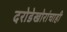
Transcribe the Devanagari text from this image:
दरोडेखोरांचाही